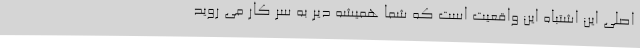
اصلی این اشتباه این واقعیت است که شما همیشه دیر به سر کار می روید